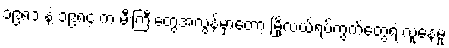
၁၉၈၁ နဲ့ ၁၉၈၄ က မီးကြီးတွေအလွန်မှာတော့ မြို့လယ်ရပ်ကွက်တွေရဲ့ လူနေမှု